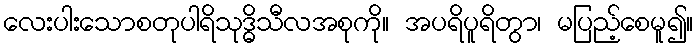
လေးပါးသောစတုပါရိသုဒ္ဓိသီလအစုကို။ အပရိပူရိတွာ၊ မပြည့်စေမူ၍။